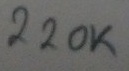
Text: 220K